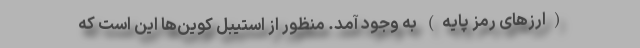
(ارزهای رمز پایه) به وجود آمد. منظور از استیبل کوین‌ها این است که